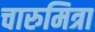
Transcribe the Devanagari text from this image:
चारुमित्रा